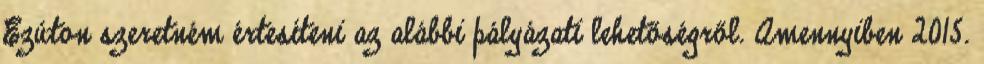
Ezúton szeretném értesíteni az alábbi pályázati lehetőségről. Amennyiben 2015.